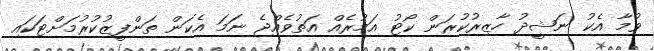
ވުމާ އެކު ނަޝީދު ހާޒިރުކުރަން ކޯޓު އަމުރެއް އަތުވެއްޖެ ނަމަ އެކަން ތަންފީޒުކުރުމަށްޓަކައި